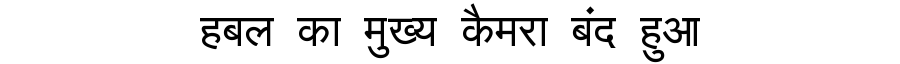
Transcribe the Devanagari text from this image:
हबल का मुख्य कैमरा बंद हुआ